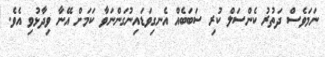
ނަމަވެސް ދަތުރު ކެންސަލް ކުރި ސަބަބެއް އެނގިވަޑައިނުގަންނަވާ ކަމަށް އޭނާ ވިދާޅުވި އެވެ.